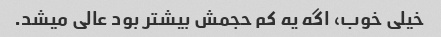
خیلی خوب، اگه یه کم حجمش بیشتر بود عالی میشد.